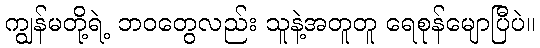
ကျွန်မတို့ရဲ့ ဘဝတွေလည်း သူနဲ့အတူတူ ရေစုန်မျောပြီပဲ။